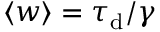
\langle { w } \rangle = \ensuremath { \tau _ { \mathrm { d } } } / \gamma